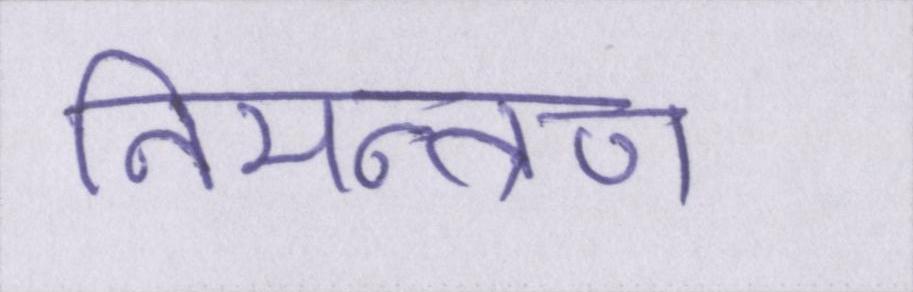
निमन्त्रण